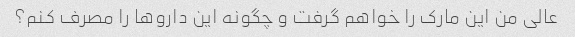
عالی من این مارک را خواهم گرفت و چگونه این داروها را مصرف کنم؟